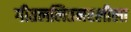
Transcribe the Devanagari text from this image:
गीतललितनरलीला